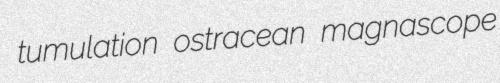
tumulation ostracean magnascope